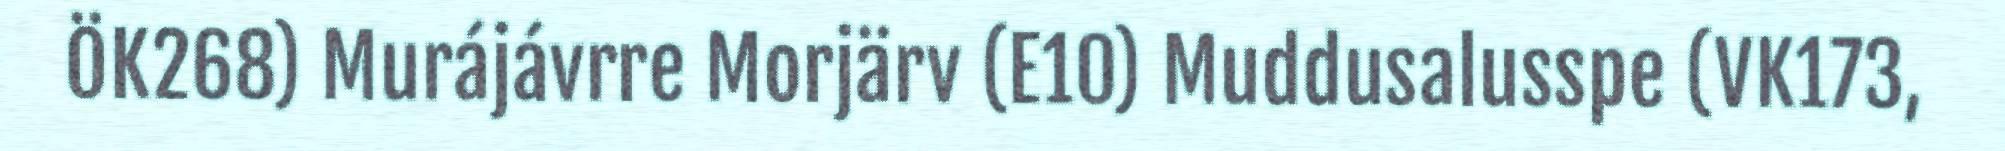
ÖK268) Murájávrre Morjärv (E10) Muddusalusspe (VK173,